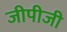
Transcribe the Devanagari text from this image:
जीपीजी